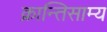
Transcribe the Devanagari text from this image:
क्रान्तिसाम्य